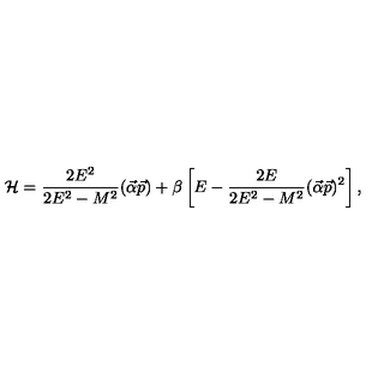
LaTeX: { \cal H } = \frac { 2 E ^ { 2 } } { 2 E ^ { 2 } - M ^ { 2 } } ( \vec { \alpha } \vec { p } ) + \beta \left[ E - \frac { 2 E } { 2 E ^ { 2 } - M ^ { 2 } } ( \vec { \alpha } \vec { p } ) ^ { 2 } \right] ,